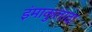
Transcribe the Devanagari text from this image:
इंमाकुलादा